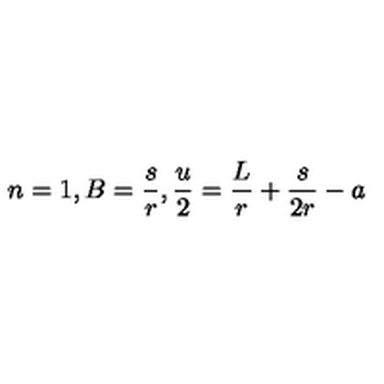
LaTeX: n = 1 , B = { \frac { s } { r } } , { \frac { u } { 2 } } = { \frac { L } { r } } + { \frac { s } { 2 r } } - a